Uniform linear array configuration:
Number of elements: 16
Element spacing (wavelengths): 0.75
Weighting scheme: cosine
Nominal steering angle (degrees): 60
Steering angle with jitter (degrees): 58.016
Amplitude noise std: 0.05
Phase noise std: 0.05

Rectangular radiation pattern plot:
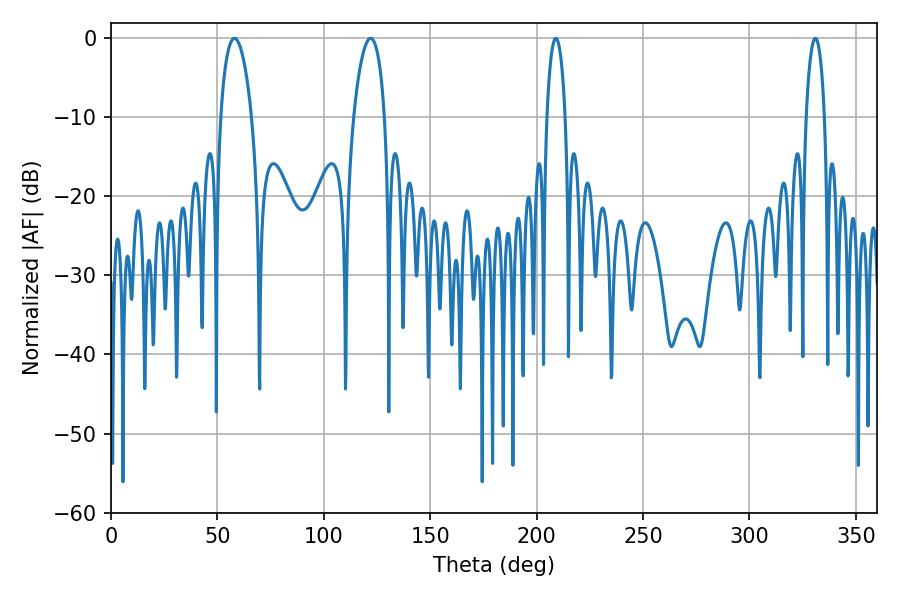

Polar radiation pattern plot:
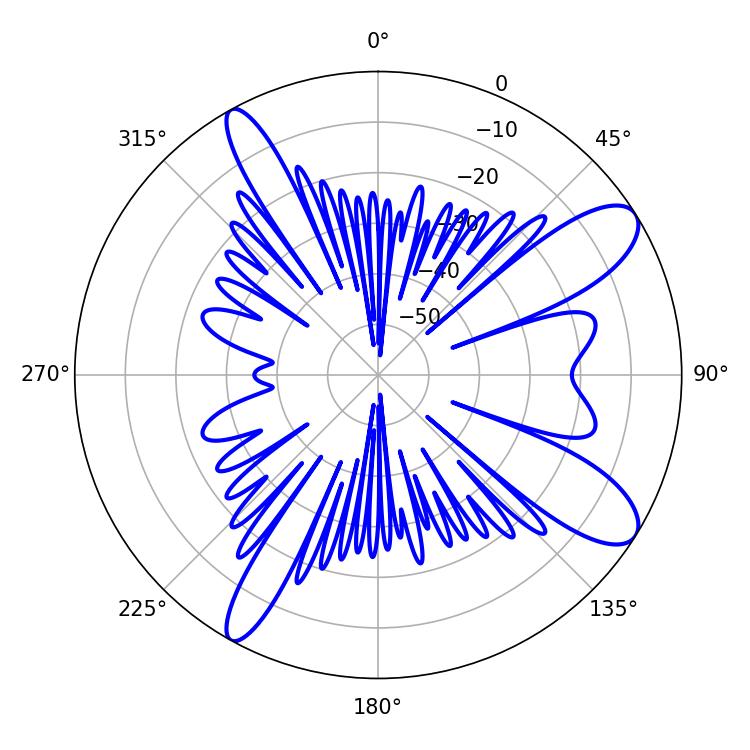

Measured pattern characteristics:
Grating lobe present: TRUE
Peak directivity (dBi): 10.512
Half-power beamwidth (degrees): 8.28
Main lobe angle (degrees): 57.96